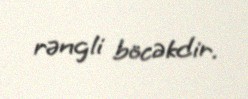
rəngli böcəkdir.